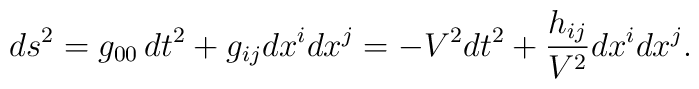
ds\sp2 = g_{00}\, dt\sp2 +g_{ij}dx\sp{i} dx\sp{j}=-V\sp2 dt\sp2 +\frac{h_{ij}}{V\sp2}dx\sp{i} dx\sp{j}.